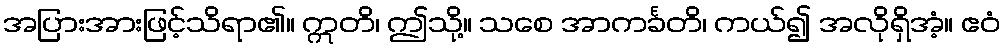
အပြားအားဖြင့်သိရာ၏။ ဣတိ၊ ဤသို့။ သစေ အာကင်္ခတိ၊ ကယ်၍ အလိုရှိအံ့။ ဧဝံ